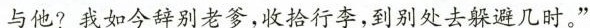
与他?我如今辞别老爹，收拾行李，到别处去躲避几时。”